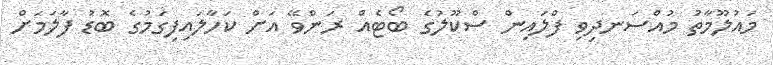
މައުލޫމާތު މުއްސަނދިވި ފްލައިން ސްކޫލުގެ ބޯޓެއް ރަންވޭ އަށް ކަހާލައިފިގަމުގެ ބޮޑު ފާލަމަށް